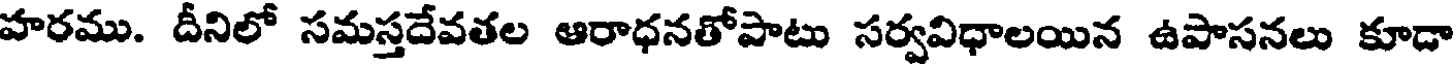
హరము. దీనిలో సమస్తదేవతల ఆరాధనతోపాటు సర్వవిధాలయిన ఉపాసనలు కూడా